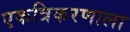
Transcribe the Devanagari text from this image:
एकत्रिकरणाला